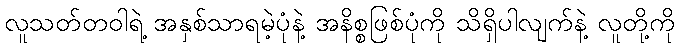
လူသတ်တဝါရဲ့ အနှစ်သာရမဲ့ပုံနဲ့ အနိစ္စဖြစ်ပုံကို သိရှိပါလျက်နဲ့ လူတို့ကို